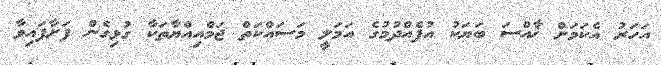
އަހަރު އެކަމަށް ޚާއްސަ ބަޔަކު އުފެއްދުމުގެ އަމަލީ މަސައްކަތް ޖަމްއިއްޔާތަކާ ގުޅިގެން ފަށާފައިވާ